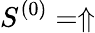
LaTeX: S^{(0)}=\Uparrow